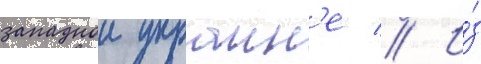
западнои украин'е // И́з